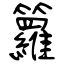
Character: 籮